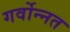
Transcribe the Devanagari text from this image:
गर्वोन्‍नत